Report on the cholera epidemic of
Year: 1868
Disease focus: Cholera
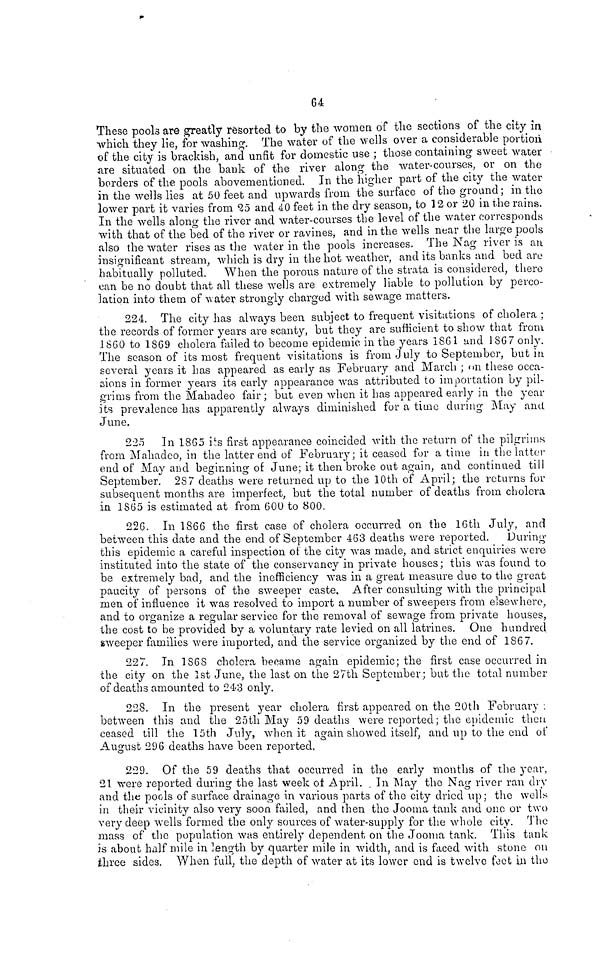
64
These pools are greatly resorted to by the women of the sections of the city m
which they lie, for washing. The water of the wells over a considerable portion
of the city is brackish, and unfit for domestic use ; those containing sweet water
are situated on the bank of the river along the water-courses, or on the
borders of the pools abovementioned. In the higher part of the city the water
in the wells lies at 50 feet and upwards from the surface of the ground; in the
lower part it varies from 25 and 40 feet in the dry season, to 12 or 20 in the rains.
In the wells along the river and water-courses the level of the water corresponds
with that of the bed of the river or ravines, and in the wells near the large pools
also the water rises as the water in the pools increases. The Nag river is an
insignificant stream, which is dry in the hot weather, and its banks and bed are
habitually polluted. When the porous nature of the strata is considered, there
can be no doubt that all these wells are extremely liable to pollution by perco-
lation into them of water strongly charged with sewage matters.
224. The city has always been subject to frequent visitations of cholera ;
the records of former years are scanty, but they are sufficient to show that from
1860 to 1869 cholera failed to become epidemic in the years 1861 and 1867 only.
The season of its most frequent visitations is from July to September, but in
several years it has appeared as early as February and March ; on these occa-
sions in former years its early appearance was attributed to importation by pil-
grims from the Mabadeo fair ; but even when it has appeared early in the year
its prevalence has apparently always diminished for a time during May and
June.
225 In 1865 its first appearance coincided with the return of the pilgrims
from Mahadeo, in the latter end of February; it ceased for a time in the latter
end of May and beginning of June; it then broke out again, and continued till
September. 287 deaths were returned up to the 10th of April; the returns for
subsequent months are imperfect, but the total number of deaths from cholera
in 1S65 is estimated at from 600 to 800.
226. In 1866 the first case of cholera occurred on the 16th July, and
between this date and the end of September 463 deaths were reported. During
this epidemic a careful inspection of the city was made, and strict enquiries were
instituted into the state of the conservancy in private houses; this was found to
be extremely bad, and the inefficiency was in a great measure due to the great
paucity of persons of the sweeper caste. After consulting with the principal
men of influence it was resolved to import a number of sweepers from elsewhere,
and to organize a regular service for the removal of sewage from private houses,
the cost to be provided by a voluntary rate levied on all latrines. One hundred
sweeper families were imported, and the service organized by the end of 1867.
227. In 1868 cholera became again epidemic; the first case occurred in
the city on the 1st June, the last on the 27th September; but the total number
of deaths amounted to 243 only.
228. In the present year cholera first appeared on the 20th February .
between this and the 25th May 59 deaths were reported; the epidemic then
ceased till the 15th July, when it again showed itself, and up to the end of
August 296 deaths have been reported.
229. Of the 59 deaths that occurred in the early months of the year,
21 were reported during the last week of April. In May the Nag river ran dry
and the pools of surface drainage in various parts of the city dried up; the wells
in their vicinity also very soon failed, and then the Jooma tank and one or two
very deep wells formed the only sources of water-supply for the whole city. The
mass of the population was entirely dependent on the Jooma tank. This tank
is about half mile in length by quarter mile in width, and is faced with stone on
three sides. When full, the depth of water at its lower end is twelve feet in the